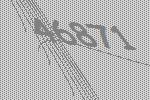
46871